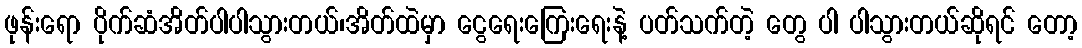
ဖုန်းရော ပိုက်ဆံအိတ်ပါပါသွားတယ်၊အိတ်ထဲမှာ ငွေရေးကြေးရေးနဲ့ ပတ်သက်တဲ့ တွေ ပါ ပါသွားတယ်ဆိုရင် တော့